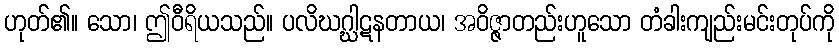
ဟုတ်၏။ သော၊ ဤဝီရိယသည်။ ပလိဃဂ္ဃါဋနတာယ၊ အဝိဇ္ဇာတည်းဟူသော တံခါးကျည်းမင်းတုပ်ကို